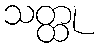
သတ္ထု